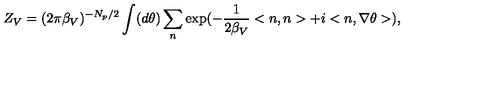
Z _ { V } = ( 2 \pi { \beta } _ { V } ) ^ { - N _ { p } / 2 } \int ( d \theta ) \sum _ { n } \exp ( - \frac { 1 } { 2 { \beta } _ { V } } < n , n > + i < n , \nabla \theta > ) ,